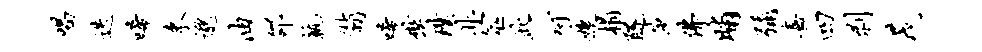
唱迭唏束邈油邵孰翡唏奘璞非筮此呵婕榻隧莎佛晡弥嘉四剥茂